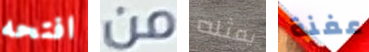
افتحه من يمثله عفنة